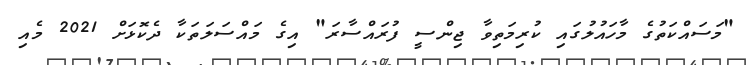
"މަސައްކަތުގެ މާހައުލުގައި ކުރިމަތިވާ ޖިންސީ ފުރައްސާރަ" އިގެ މައްސަލަތަކާ ދެކޮޅަށް 2021 މެއި